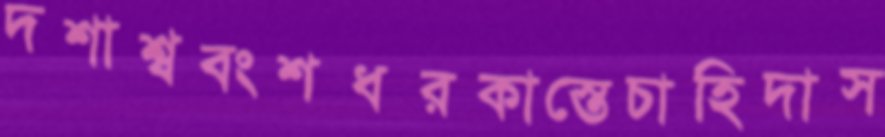
দশাশ্ববংশধরকাস্তেচাহিদাস